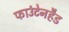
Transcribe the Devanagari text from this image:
फाउंटेनहैड